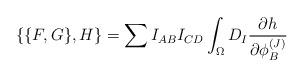
LaTeX: \begin{align*}\{ \{ F,G \} ,H \}=\sum I_{AB}I_{CD}\int_{\Omega}D_I{{\partial h} \over{\partial \phi^{(J)}_B}}\end{align*}